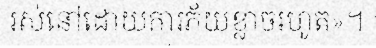
រស់នៅដោយការភ័យខ្លាចរហូត»។